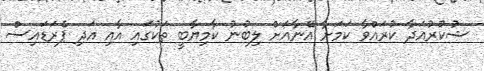
ޝުކުރުއަދާ ކުރައްވާ ކަމަށާ އޭނާއަށް ލިބުނު ކާމިޔާބީ ތަކުގައި އާއި އަދި ޕެރަޑައިސް